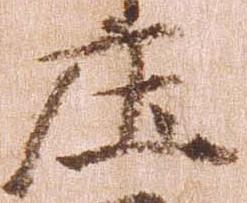
庄